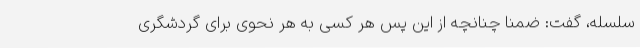
سلسله، گفت: ضمناً چنانچه از این پس هر کسی به هر نحوی برای گردشگری